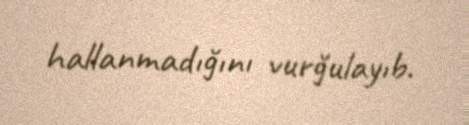
hallanmadığını vurğulayıb.